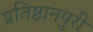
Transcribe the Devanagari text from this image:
प्रतिष्ठानपुरी